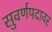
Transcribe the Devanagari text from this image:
सुवर्णपदावर